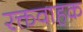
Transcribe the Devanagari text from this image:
रक्तवाहक